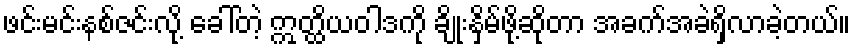
ဖင်းမင်းနစ်ဇင်းလို့ ခေါ်တဲ့ ဣတ္ထိယဝါဒကို ချိုးနှိမ်ဖို့ဆိုတာ အခက်အခဲရှိလာခဲ့တယ်။